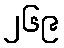
၂၆၉